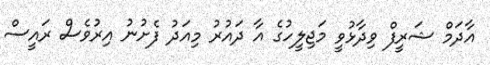
އާދަމް ޝަރީފް ވިދާޅުވީ މަޖިލީހުގެ އާ ދައުރު މިއަދު ފެށުނު އިރުވެސް ރައީސް